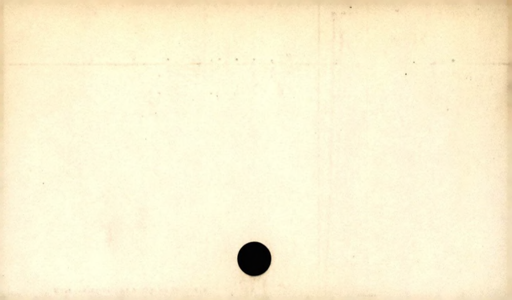
Label: divider